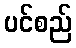
ပင်စည်